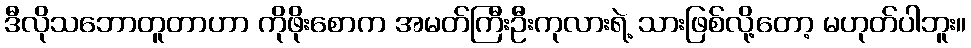
ဒီလိုသဘောတူတာဟာ ကိုဖိုးစောက အမတ်ကြီးဦးကုလားရဲ့ သားဖြစ်လို့တော့ မဟုတ်ပါဘူး။